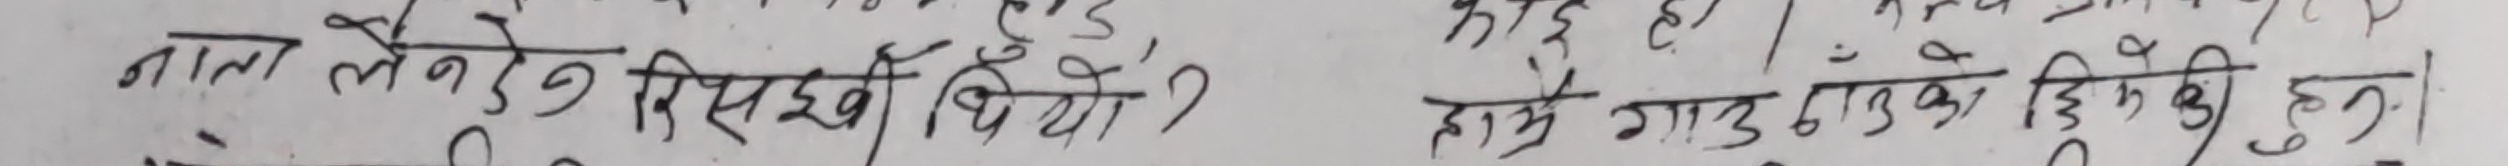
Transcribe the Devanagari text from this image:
नाला लेने हिस्साले बिधो ? काइ हाँ। ३/२ की धुन